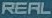
REAL